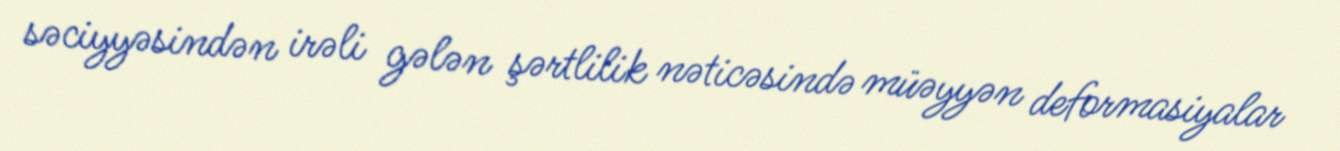
səciyyəsindən irəli gələn şərtlilik nəticəsində müəyyən deformasiyalar